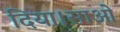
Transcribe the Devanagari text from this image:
दिया।साओ